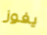
يفوز